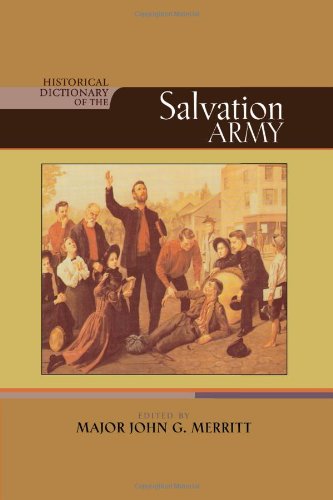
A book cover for Historical Dictionary of The Salvation Army (Historical Dictionaries of Religions, Philosophies, and Movements Series); Major John G. Merritt; Christian Books & Bibles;